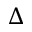
\Delta